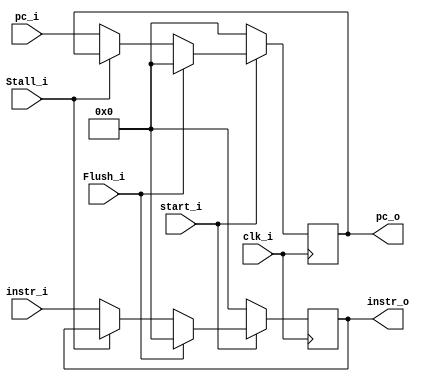
module Register_IFID(
	clk_i,
	start_i,
    instr_i,
    pc_i,
    Stall_i,
    Flush_i,
    instr_o,
    pc_o
);

input			clk_i,start_i;
input   [31:0]  instr_i;
input	[31:0]	pc_i; 
input 			Stall_i,Flush_i;

output	[31:0]	instr_o;
output	[31:0]	pc_o; 

reg 	[31:0] 	instr_o;
reg		[31:0]	pc_o; 

always @(posedge clk_i) begin
	if (~start_i) begin
		instr_o <= 32'b0;
		pc_o <= 32'b0;
	end
	else if (Flush_i) begin
		instr_o <= 32'b0;
		pc_o <= 32'b0;
	end
	else if (Stall_i) begin
		instr_o <= instr_o;
		pc_o <= pc_o;
	end
	else begin
		instr_o <= instr_i;
		pc_o <= pc_i;
	end
end

endmodule